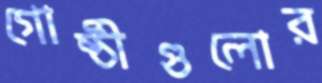
গোষ্ঠীগুলোর